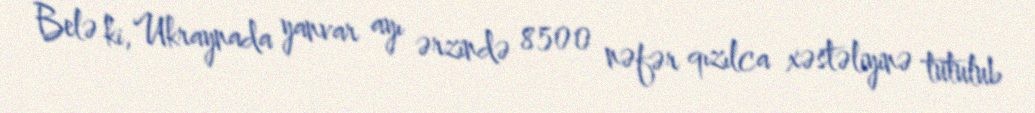
Belə ki, Ukraynada yanvar ayı ərzində 8500 nəfər qızılca xəstəliyinə tutulub